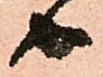
由